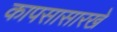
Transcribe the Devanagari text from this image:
कापसासारखे